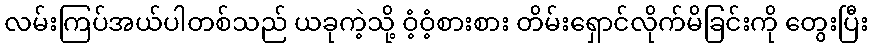
လမ်းကြပ်အယ်ပါတစ်သည် ယခုကဲ့သို့ ဝံ့ဝံ့စားစား တိမ်းရှောင်လိုက်မိခြင်းကို တွေးပြီး